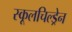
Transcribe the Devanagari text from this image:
स्कूलचिल्ड्रेन